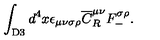
\int _ { \mathrm { D 3 } } d ^ { 4 } x \epsilon _ { \mu \nu \sigma \rho } { \overline { C } } _ { R } ^ { \mu \nu } F _ { - } ^ { \sigma \rho } .